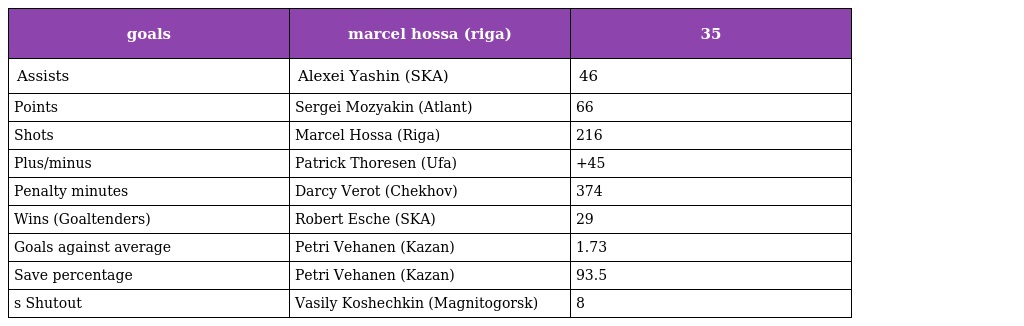
| goals | marcel hossa (riga) | 35 |
 | --- | --- | --- |
 | Assists | Alexei Yashin (SKA) | 46 |
 | Points | Sergei Mozyakin (Atlant) | 66 |
 | Shots | Marcel Hossa (Riga) | 216 |
 | Plus/minus | Patrick Thoresen (Ufa) | +45 |
 | Penalty minutes | Darcy Verot (Chekhov) | 374 |
 | Wins (Goaltenders) | Robert Esche (SKA) | 29 |
 | Goals against average | Petri Vehanen (Kazan) | 1.73 |
 | Save percentage | Petri Vehanen (Kazan) | 93.5 |
 | s Shutout | Vasily Koshechkin (Magnitogorsk) | 8 |